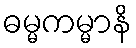
ဓမ္မကမ္မာနိ